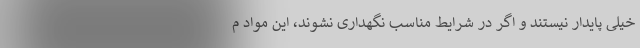
خیلی پایدار نیستند و اگر در شرایط مناسب نگهداری نشوند، این مواد م